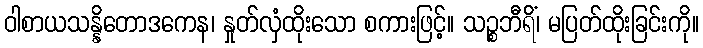
ဝါစာယသန္နိတောဒကေန၊ နှုတ်လှံထိုးသော စကားဖြင့်။ သဉ္စဘီရိံ၊ မပြတ်ထိုးခြင်းကို။